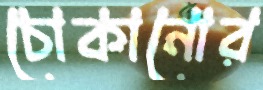
চোকানোর